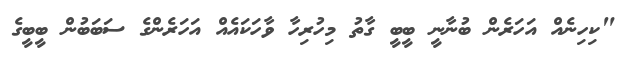
"ކިހިނެއް އަހަރެން ބުނާނީ ބީބީ ގާތު މިހުރިހާ ވާހަކައެއް އަހަރެންގެ ސަބަބުން ބީބީގެ